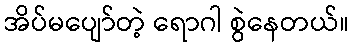
အိပ်မပျော်တဲ့ ရောဂါ စွဲနေတယ်။